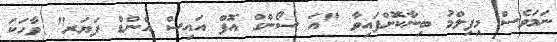
ނަމަވެސް މިފިލްމު ބިނާކޮށްފައިވާ "އަ ސޯންގް އޮފް އައިސް އެންޑް ފަޔަރ" ވާހަކަ